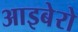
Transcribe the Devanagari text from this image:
आइबेरो